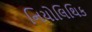
નિયોલિથિક